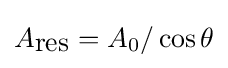
A_{\mbox{res}}=A_{0}/\cos \theta